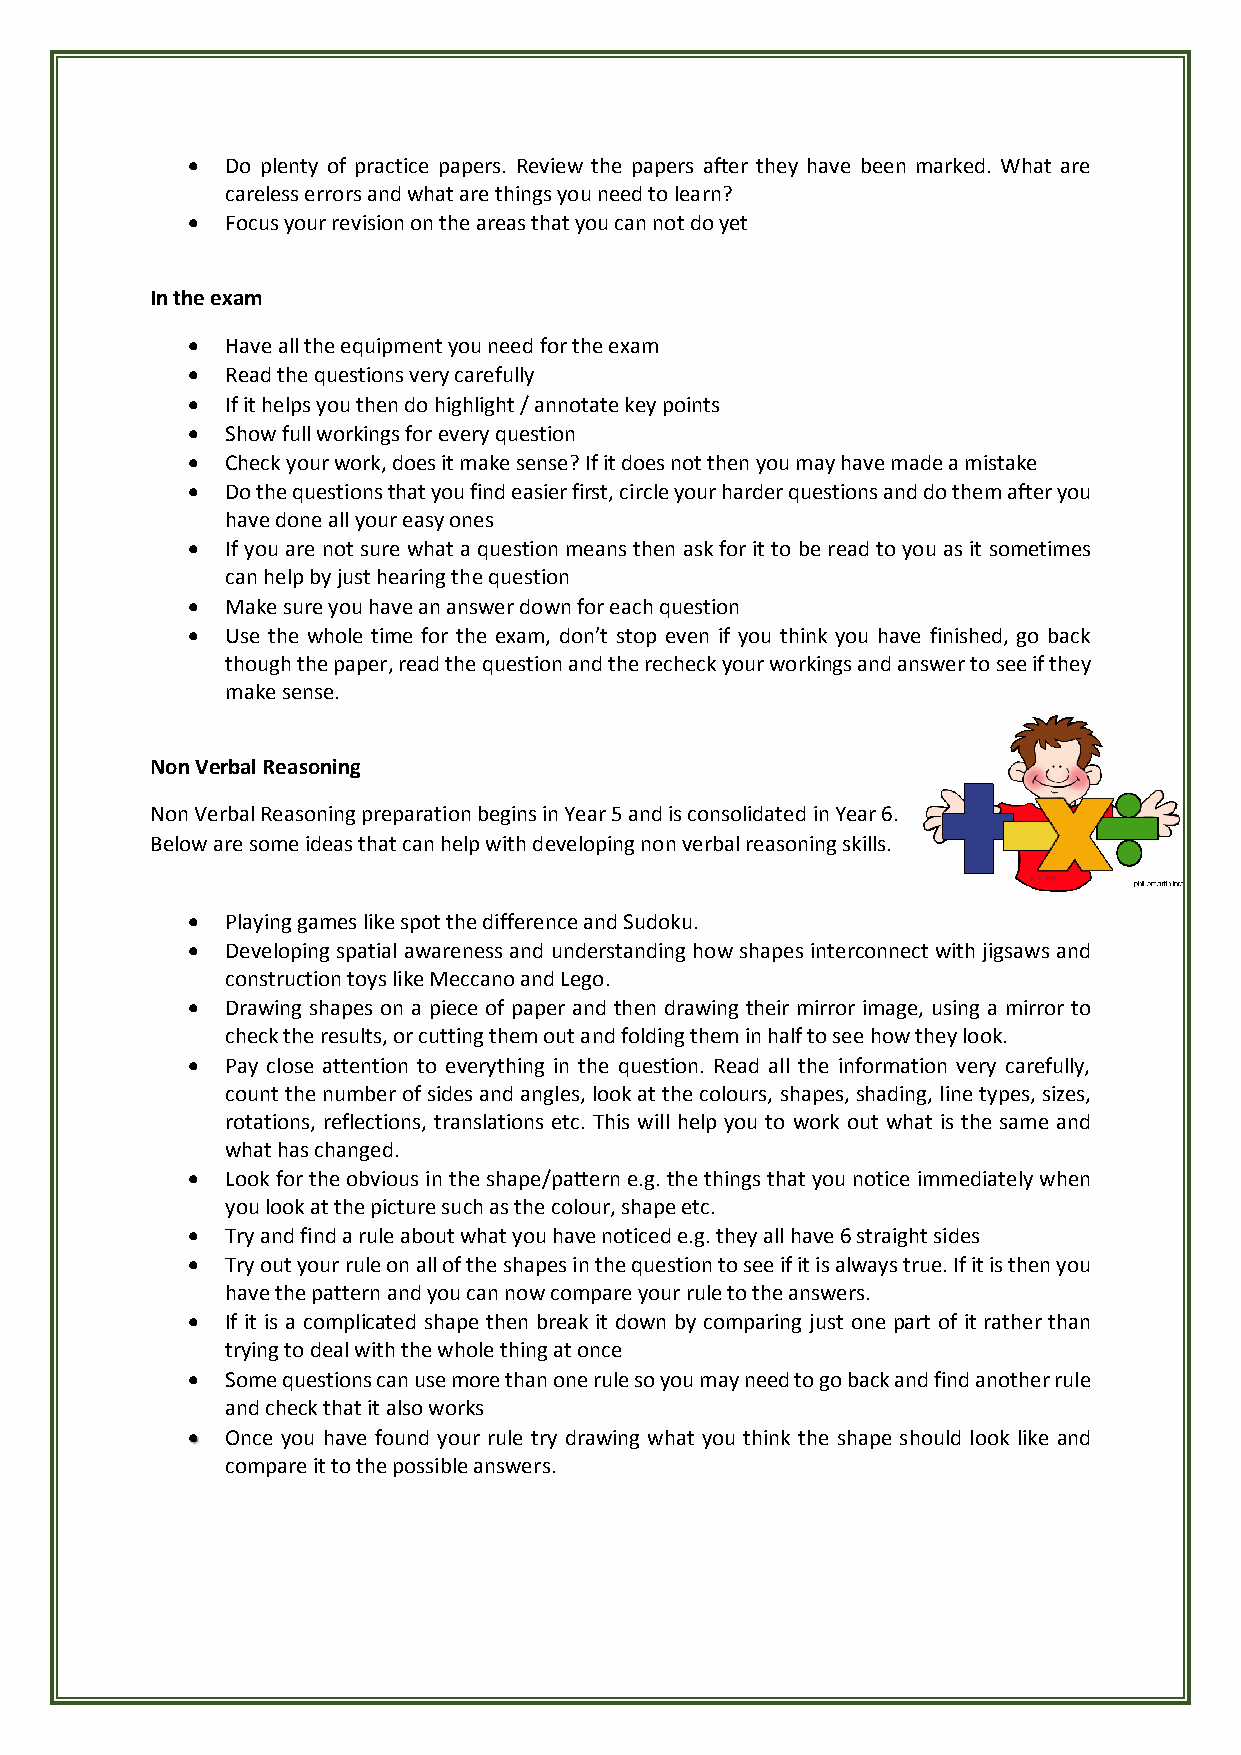
  Do plenty of practice papers. Review the papers after they have been marked. What are
 careless errors and what are things you need to learn?
   Focus your revision on the areas that you can not do yet
 In the exam
   Have all the equipment you need for the exam
   Read the questions very carefully
   If it helps you then do highlight / annotate key points
   Show full workings for every question
   Check your work, does it make sense? If it does not then you may have made a mistake
   Do the questions that you find easier first, circle your harder questions and do them after you
 have done all your easy ones
   If you are not sure what a question means then ask for it to be read to you as it sometimes
 can help by just hearing the question
   Make sure you have an answer down for each question
   Use the whole time for the exam, don’t stop even if you think you have finished, go back
 though the paper, read the question and the recheck your workings and answer to see if they
 make sense.
 Non Verbal Reasoning
 Non Verbal Reasoning preparation begins in Year 5 and is consolidated in Year 6.
 Below are some ideas that can help with developing non verbal reasoning skills.
   Playing games like spot the difference and Sudoku.
   Developing spatial awareness and understanding how shapes interconnect with jigsaws and
 construction toys like Meccano and Lego.
   Drawing shapes on a piece of paper and then drawing their mirror image, using a mirror to
 check the results, or cutting them out and folding them in half to see how they look.
   Pay close attention to everything in the question. Read all the information very carefully,
 count the number of sides and angles, look at the colours, shapes, shading, line types, sizes,
 rotations, reflections, translations etc. This will help you to work out what is the same and
 what has changed.
   Look for the obvious in the shape/pattern e.g. the things that you notice immediately when
 you look at the picture such as the colour, shape etc.
   Try and find a rule about what you have noticed e.g. they all have 6 straight sides
   Try out your rule on all of the shapes in the question to see if it is always true. If it is then you
 have the pattern and you can now compare your rule to the answers.
   If it is a complicated shape then break it down by comparing just one part of it rather than
 trying to deal with the whole thing at once
   Some questions can use more than one rule so you may need to go back and find another rule
 and check that it also works
   Once you have found your rule try drawing what you think the shape should look like and
 compare it to the possible answers.